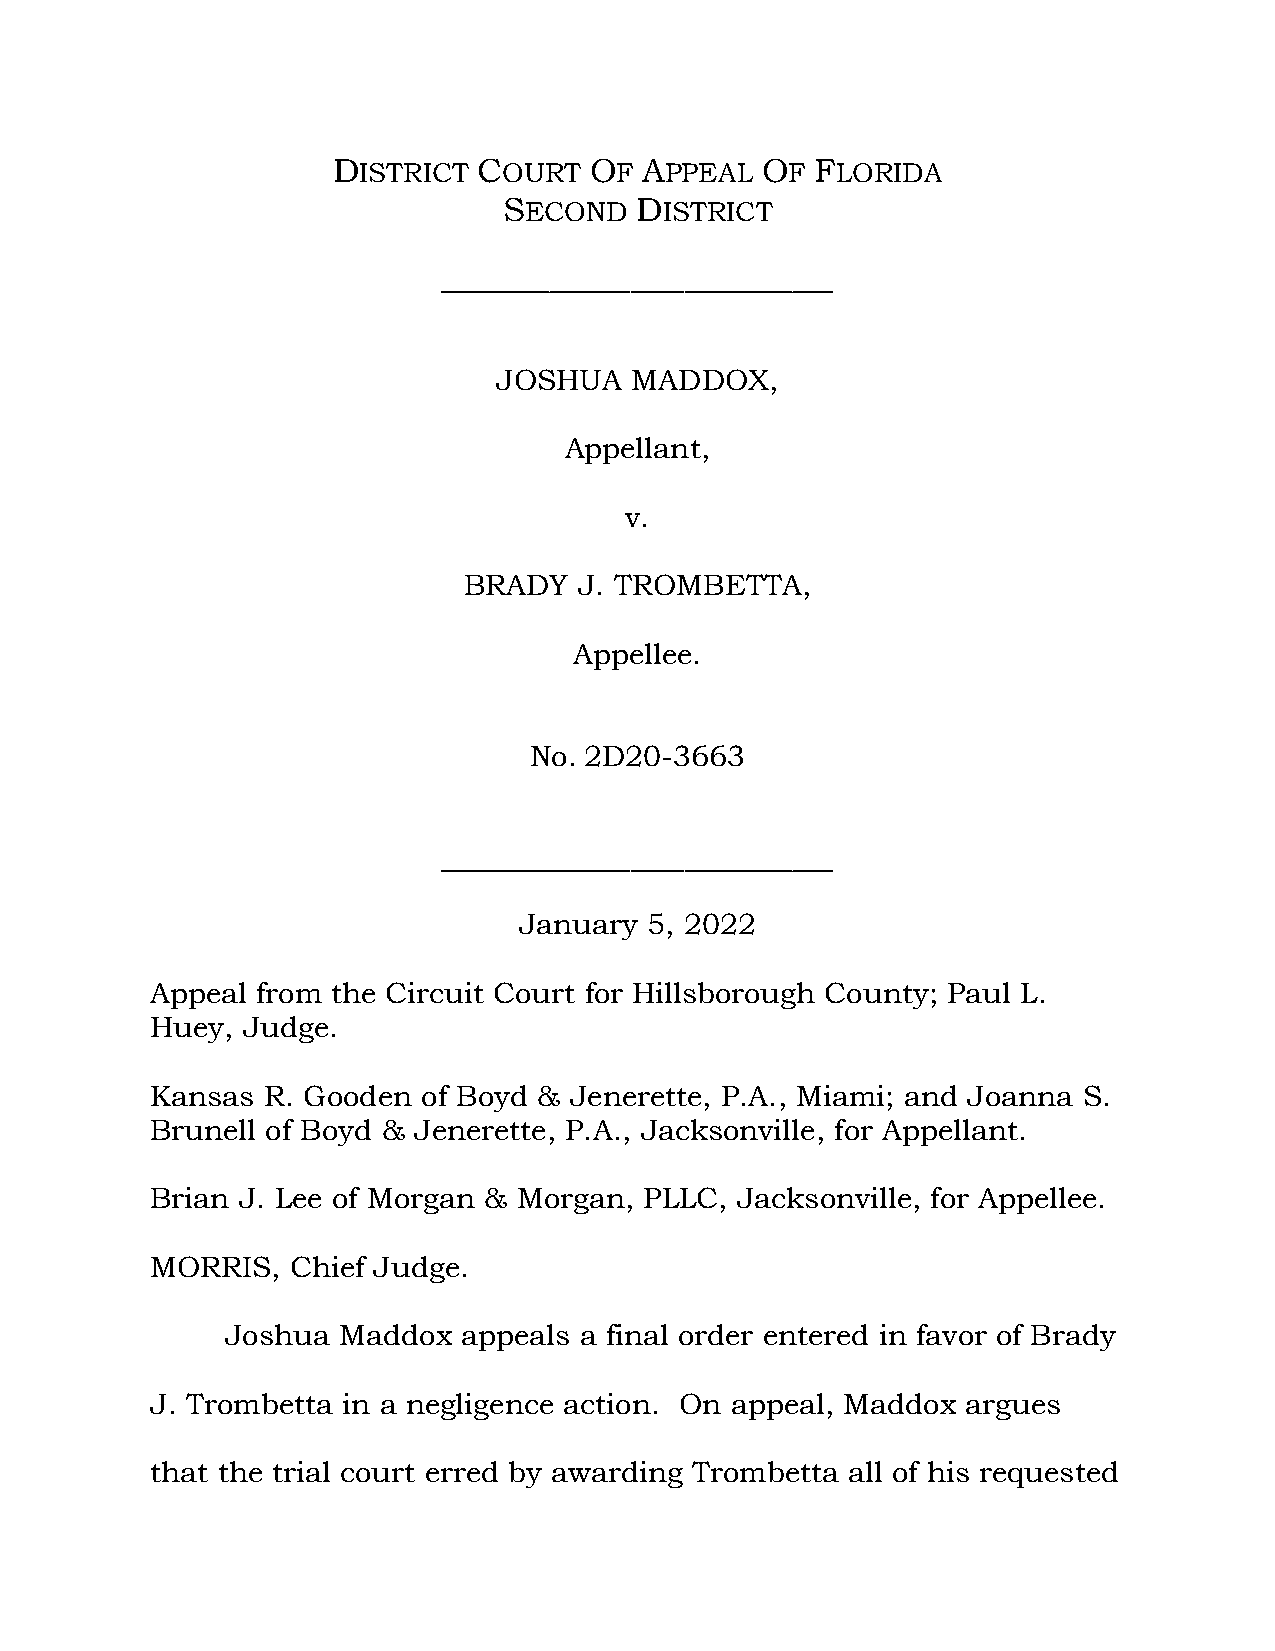
DISTRICT  COURT  OF  APPEAL OF  FLORIDA
 SECOND   DISTRICT
 JOSHUA   MADDOX,
 Appellant,
 v.
 BRADY  J. TROMBETTA,
 Appellee.
 No. 2D20-3663
 January  5, 2022
 Appeal from the Circuit Court for Hillsborough County; Paul L.
 Huey, Judge.
 Kansas R. Gooden  of Boyd & Jenerette, P.A., Miami; and Joanna S.
 Brunell of Boyd & Jenerette, P.A., Jacksonville, for Appellant.
 Brian J. Lee of Morgan & Morgan, PLLC, Jacksonville, for Appellee.
 MORRIS,  Chief Judge.
 Joshua Maddox   appeals a final order entered in favor of Brady
 J. Trombetta in a negligence action. On appeal, Maddox argues
 that the trial court erred by awarding Trombetta all of his requested